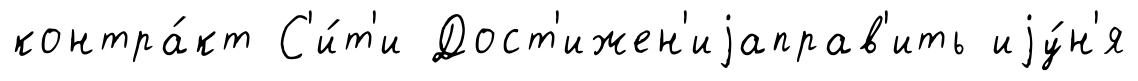
контра́кт С'и́т'и Дост'ижен'иjаправ'ить иjу́н'я